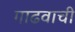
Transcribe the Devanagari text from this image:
गाढवाची